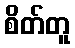
စိတ်တူ